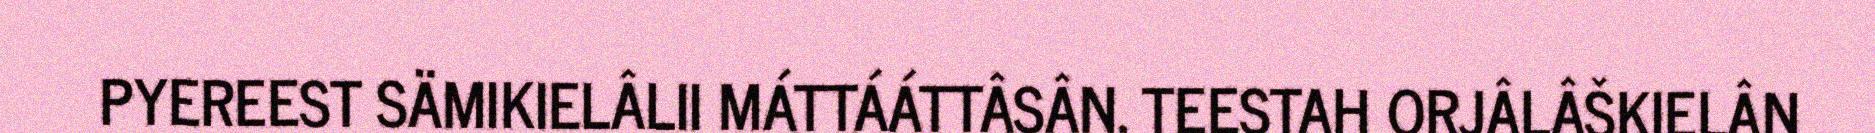
PYEREEST SÄMIKIELÂLII MÁTTÁÁTTÂSÂN. TEESTAH ORJÂLÂŠKIELÂN